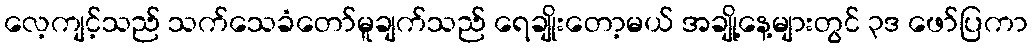
လေ့ကျင့်သည် သက်သေခံတော်မူချက်သည် ရေချိုးတော့မယ် အချို့နေ့များတွင် ၃ဒ ဖော်ပြကာ